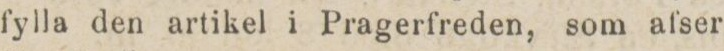
fylla den artikel i Pragerfreden, som afser